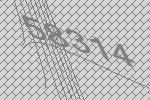
58314